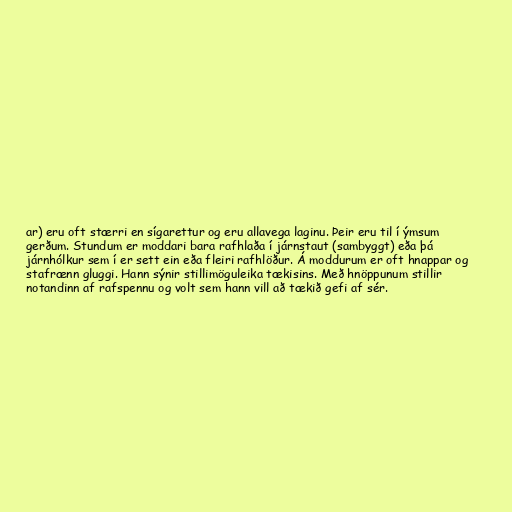
ar) eru oft stærri en sígarettur og eru allavega laginu. Þeir eru til í ýmsum
gerðum. Stundum er moddari bara rafhlaða í járnstaut (sambyggt) eða þá
járnhólkur sem í er sett ein eða fleiri rafhlöður. Á moddurum er oft hnappar og
stafrænn gluggi. Hann sýnir stillimöguleika tækisins. Með hnöppunum stillir
notandinn af rafspennu og volt sem hann vill að tækið gefi af sér.